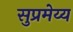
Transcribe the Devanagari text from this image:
सुप्रमेय्य